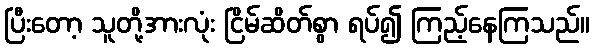
ပြီးတော့ သူတို့အားလုံး ငြိမ်ဆိတ်စွာ ရပ်၍ ကြည့်နေကြသည်။